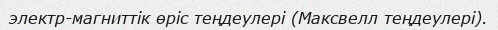
электр-магниттік өріс теңдеулері (Максвелл теңдеулері).